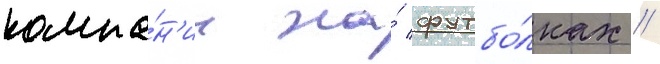
компа́н'ии на́ футбо́лках //